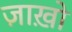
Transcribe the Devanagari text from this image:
ज़ाख़ो